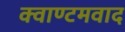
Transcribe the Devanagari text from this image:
क्वाण्टमवाद